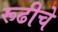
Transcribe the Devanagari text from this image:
रूढीचे